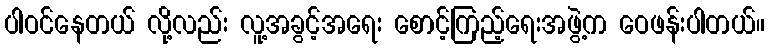
ပါဝင်နေတယ် လို့လည်း လူ့အခွင့်အရေး စောင့်ကြည့်ရေးအဖွဲ့က ဝေဖန်းပါတယ်။